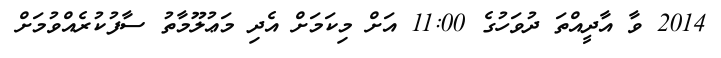
2014 ވާ އާދީއްތަ ދުވަހުގެ 11:00 އަށް މިކަމަށް އެދި މަޢުލޫމާތު ސާފުކުރެއްވުމަށް